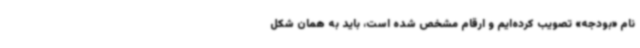
نام «بودجه» تصویب کرده‌ایم و ارقام مشخص شده است، باید به همان شکل